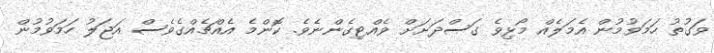
ވަގުތު ހަމަވުމުން އެމަލެއް މޯޅިވެ ގަސްދަށަށް ވެއްޓިގެންނެވެ. ކޮންމެ އެއްޗެއްގެވެސް އަޖަލު ހަމަވުމުން